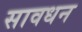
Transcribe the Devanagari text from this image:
सावधन